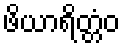
ဖိယာရိတ္တံဝ